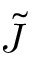
\tilde { J }